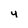
Character: y